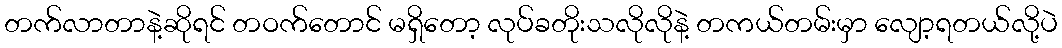
တက်လာတာနဲ့ဆိုရင် တဝက်တောင် မရှိတော့ လုပ်ခတိုးသလိုလိုနဲ့ တကယ်တမ်းမှာ လျော့ရတယ်လို့ပဲ